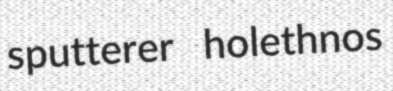
sputterer holethnos